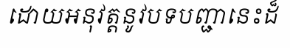
ដោយអនុវត្តនូវបទបញ្ជានេះដ៏